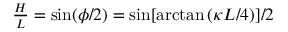
\begin{array} { r } { \frac { H } { L } = \sin ( \phi / 2 ) = \sin [ \arctan { ( \kappa L / 4 ) } ] / 2 } \end{array}